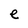
Character: e